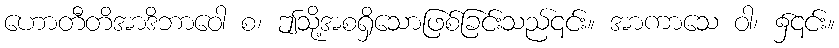
ဟောတီတိအာဒိဘာဝေါ စ၊ ဤသို့အစရှိသောဖြစ်ခြင်းသည်၎င်း။ အာကာသေ ဝါ၊ ၌၎င်း။